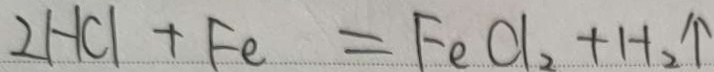
2 H C l + F e = F e C l _ { 2 } + H _ { 2 } \uparrow